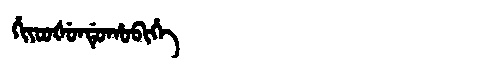
Manchu: ᡥᡳᠶᠣᠣᡧᡠᠨᡩᡠᡥᠣᠪᡳᡥᡝ
Romanization: HIYOOŠUNDUHOBIHE